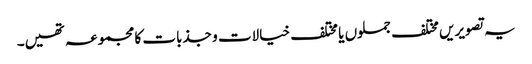
یہ تصویریں مختلف جملوں یا مختلف خیالات و جذبات کا مجموعہ تھیں۔